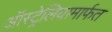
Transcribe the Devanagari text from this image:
ऑस्ट्रेलियामार्फत